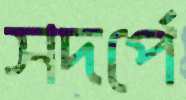
সদর্পে